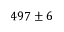
4 9 7 \pm 6